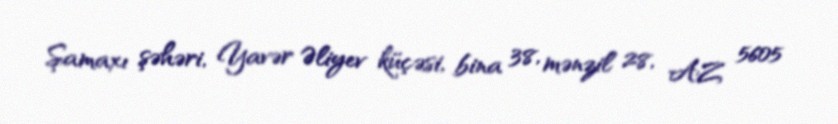
Şamaxı şəhəri, Yavər Əliyev küçəsi, bina 38, mənzil 28, AZ 5605